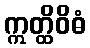
ဣတ္ထိဝိဓံ